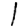
Digit: 1